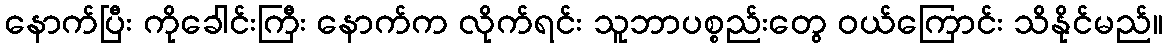
နောက်ပြီး ကိုခေါင်းကြီး နောက်က လိုက်ရင်း သူဘာပစ္စည်းတွေ ဝယ်ကြောင်း သိနိုင်မည်။